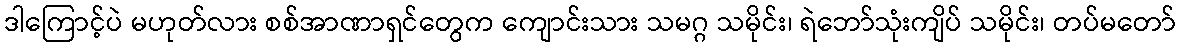
ဒါကြောင့်ပဲ မဟုတ်လား စစ်အာဏာရှင်တွေက ကျောင်းသား သမဂ္ဂ သမိုင်း၊ ရဲဘော်သုံးကျိပ် သမိုင်း၊ တပ်မတော်